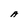
Character: A